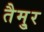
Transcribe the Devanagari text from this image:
तैमु्र